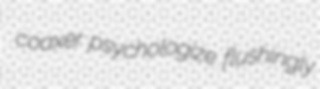
coaxer psychologize flushingly